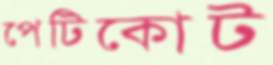
পেটিকোট